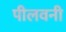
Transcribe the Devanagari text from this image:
पीलवनी